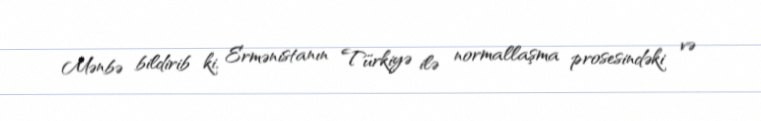
Mənbə bildirib ki, Ermənistanın Türkiyə ilə normallaşma prosesindəki və